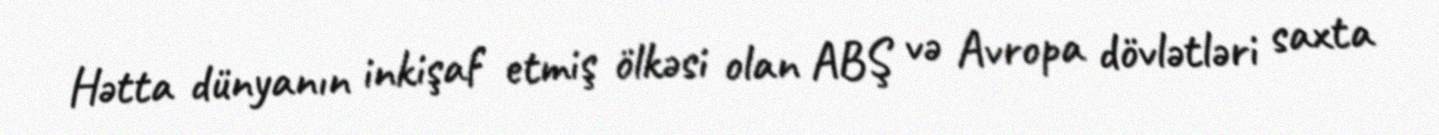
Hətta dünyanın inkişaf etmiş ölkəsi olan ABŞ və Avropa dövlətləri saxta